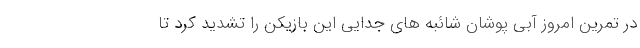
در تمرین امروز آبی پوشان شائبه های جدایی این بازیکن را تشدید کرد تا